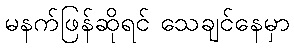
မနက်ဖြန်ဆိုရင် သေချင်နေမှာ